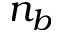
n _ { b }